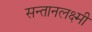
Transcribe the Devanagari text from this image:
सन्तानलक्ष्मी